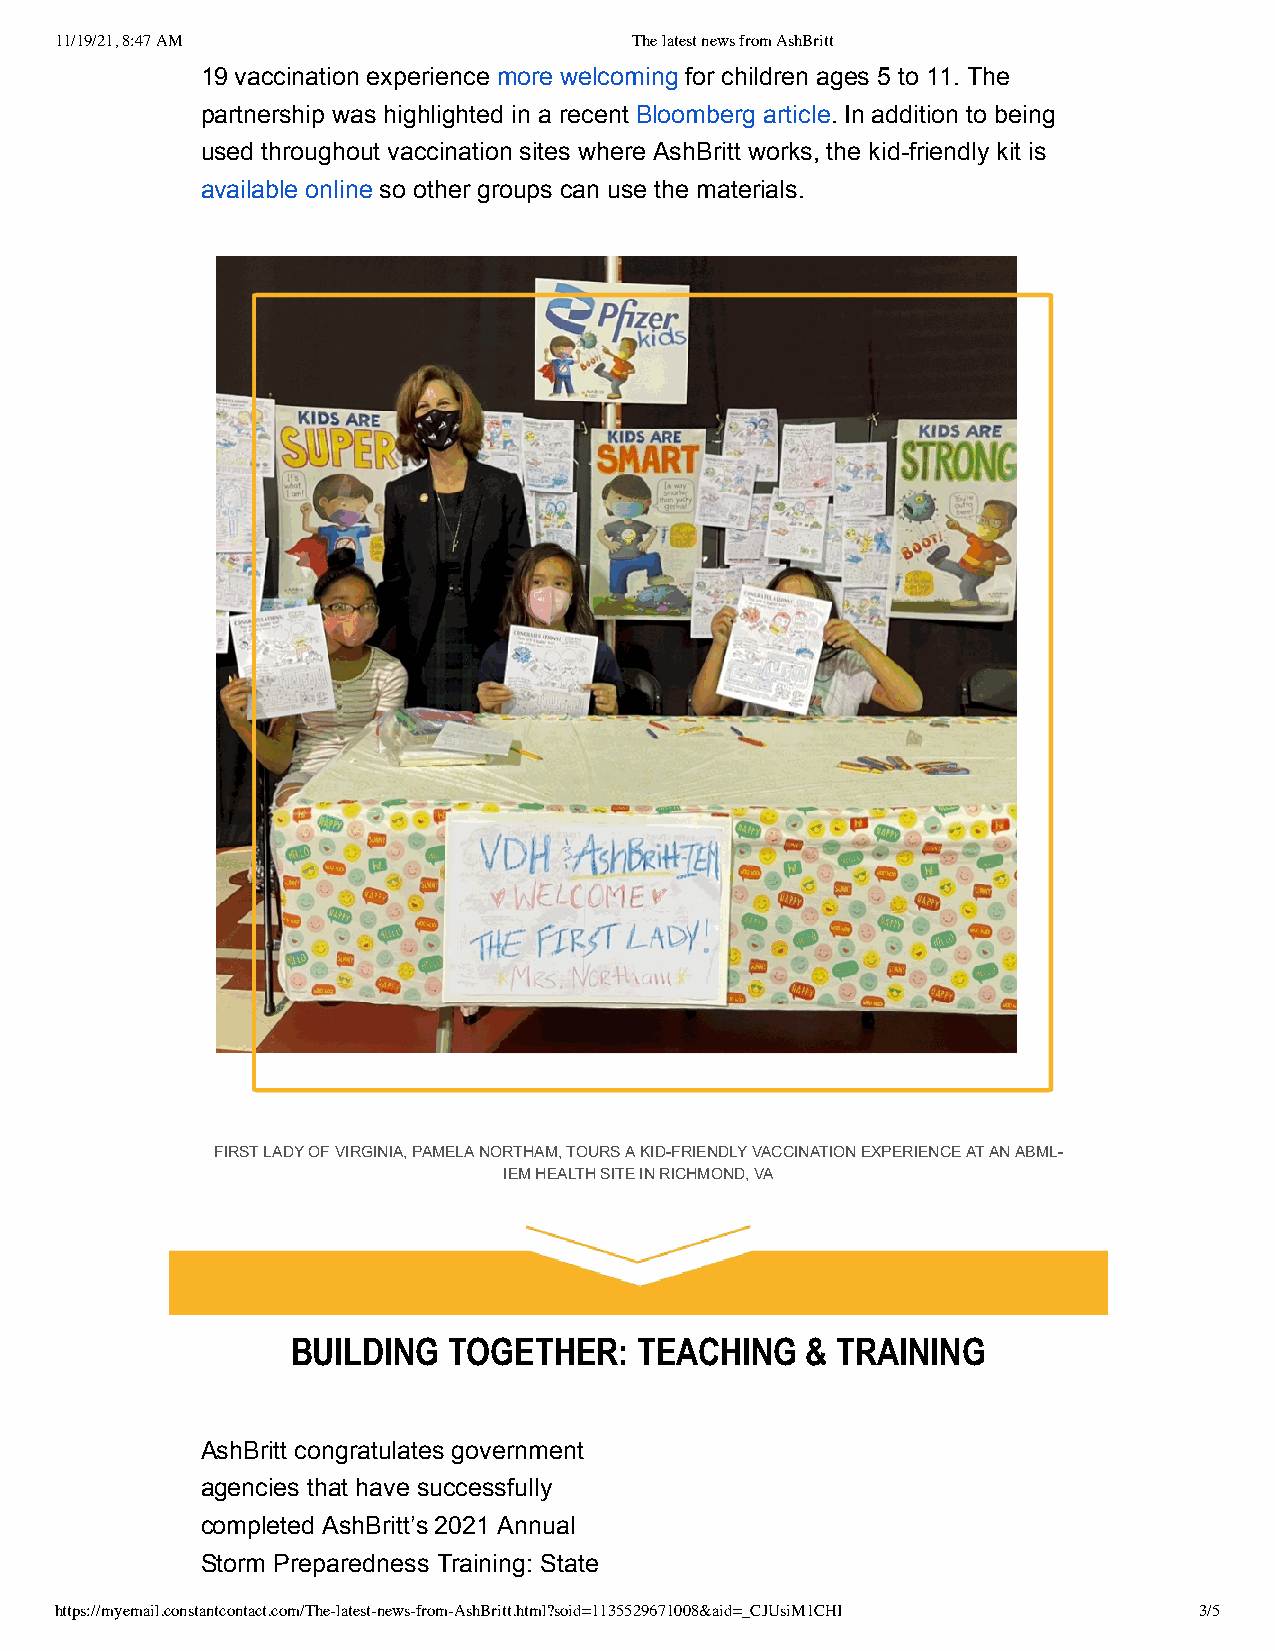
11/19/21, 8:47 AM                     The latest news from AshBritt
 19 vaccination experience more welcoming for children ages 5 to 11. The
 partnership was highlighted in a recent Bloomberg article. In addition to being
 used throughout vaccination sites where AshBritt works, the kid-friendly kit is
 available online so other groups can use the materials.
 FIRST LADY OF VIRGINIA, PAMELA NORTHAM, TOURS A KID-FRIENDLY VACCINATION EXPERIENCE AT AN ABML-
 IEM HEALTH SITE IN RICHMOND, VA
 BUILDING   TOGETHER:   TEACHING   & TRAINING
 AshBritt congratulates government
 agencies that have successfully
 completed AshBritt’s 2021 Annual
 Storm Preparedness Training: State
 https://myemail.constantcontact.com/The-latest-news-from-AshBritt.html?soid=1135529671008&aid=_CJUsiM1CHI 3/5